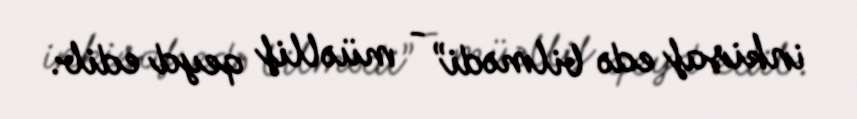
inkişaf edə bilmədi” - müəllif qeyd edib.